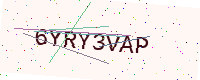
Text: 6YRY3VAP